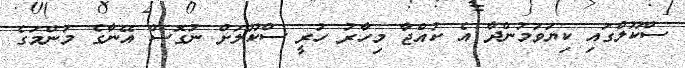
ސްކޫލްގައި ކިޔަވަމުންދާ އެ ކުއްޖާ މިހާރު ހުރީ ސްކޫލަށް ނުގޮސް އޭނާގެ މަންމަގެ